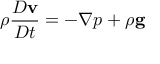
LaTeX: \rho { \frac { D \mathbf { v } } { D t } } = - \nabla p + \rho \mathbf { g }